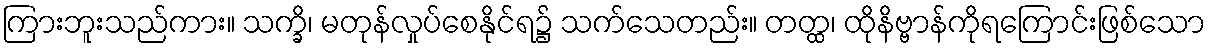
ကြားဘူးသည်ကား။ သက္ခိ၊ မတုန်လှုပ်စေနိုင်ရ၌ သက်သေတည်း။ တတ္ထ၊ ထိုနိဗ္ဗာန်ကိုရကြောင်းဖြစ်သော